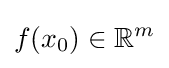
f(x_{0})\in \mathbb {R} ^{m}